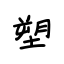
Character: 塑